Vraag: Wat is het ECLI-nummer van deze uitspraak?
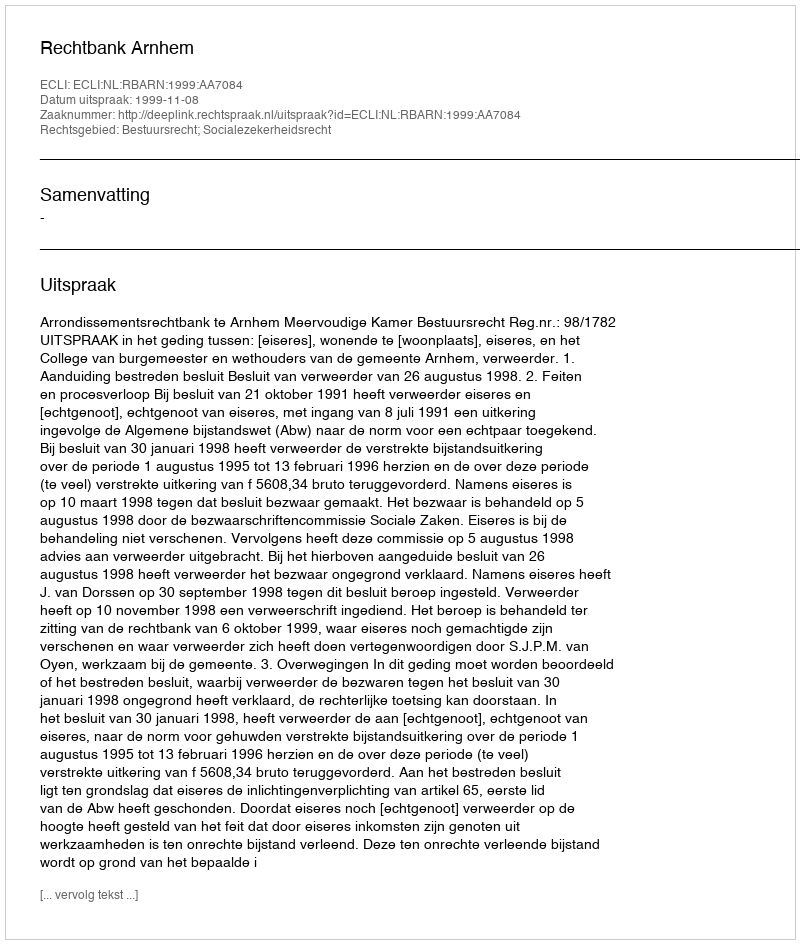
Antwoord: ECLI:NL:RBARN:1999:AA7084